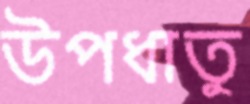
উপধাতু